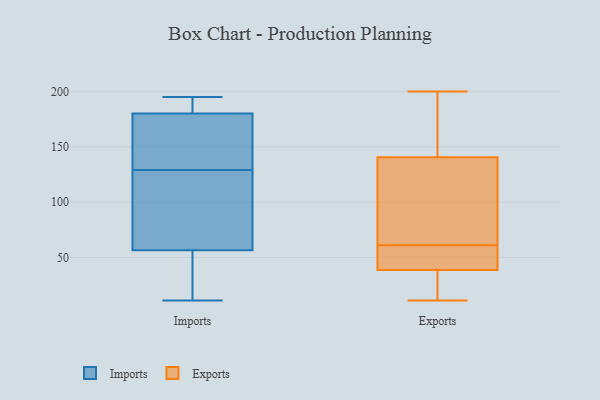
{"axis": {"x": "Latency (ms)", "y": "Value"}, "legend": ["Exports", "Imports"], "data": [{"x": "", "y": 182, "type": "Imports"}, {"x": "", "y": 195, "type": "Imports"}, {"x": "", "y": 112, "type": "Imports"}, {"x": "", "y": 140, "type": "Imports"}, {"x": "", "y": 38, "type": "Imports"}, {"x": "", "y": 193, "type": "Imports"}, {"x": "", "y": 120, "type": "Imports"}, {"x": "", "y": 11, "type": "Imports"}, {"x": "", "y": 175, "type": "Imports"}, {"x": "", "y": 129, "type": "Imports"}, {"x": "", "y": 24, "type": "Imports"}, {"x": "", "y": 28, "type": "Exports"}, {"x": "", "y": 128, "type": "Exports"}, {"x": "", "y": 157, "type": "Exports"}, {"x": "", "y": 153, "type": "Exports"}, {"x": "", "y": 47, "type": "Exports"}, {"x": "", "y": 61, "type": "Exports"}, {"x": "", "y": 11, "type": "Exports"}, {"x": "", "y": 33, "type": "Exports"}, {"x": "", "y": 200, "type": "Exports"}, {"x": "", "y": 186, "type": "Exports"}, {"x": "", "y": 32, "type": "Exports"}, {"x": "", "y": 84, "type": "Exports"}, {"x": "", "y": 61, "type": "Exports"}, {"x": "", "y": 58, "type": "Exports"}, {"x": "", "y": 44, "type": "Exports"}, {"x": "", "y": 78, "type": "Exports"}]}